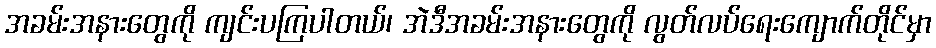
အခမ်းအနားတွေကို ကျင်းပကြပါတယ်၊ အဲဒီအခမ်းအနားတွေကို လွတ်လပ်ရေးကျောက်တိုင်မှာ